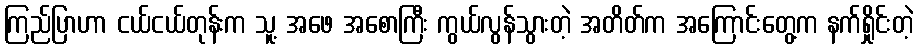
ကြည်ပြာဟာ ငယ်ငယ်တုန်းက သူ့ အဖေ အစောကြီး ကွယ်လွန်သွားတဲ့ အတိတ်က အကြောင်းတွေ့က နက်ရှိုင်းတဲ့